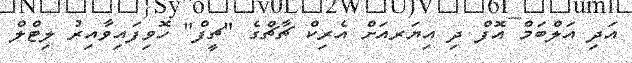
އަދި އަލްބަމް އޮފް ދި އިޔަރއަށް އެރިކް ޗާޗްގެ "ޗީފް" ހޮވިފައިވާއިރު ލިޓްލް